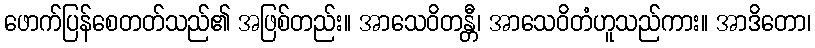
ဖောက်ပြန်စေတတ်သည်၏ အဖြစ်တည်း။ အာသေဝိတန္တီ၊ အာသေဝိတံဟူသည်ကား။ အာဒိတော၊